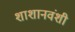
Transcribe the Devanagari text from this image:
शाशानवंशी